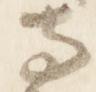
寺